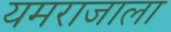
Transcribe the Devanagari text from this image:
यमराजाला